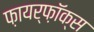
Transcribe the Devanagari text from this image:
फ़ायर्फ़ॉक्स